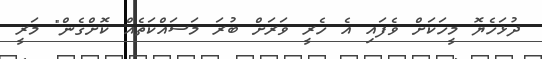
ދުޅަހެޔޮ މީހަކަށް ވެފައި އެ ހެރީ ވަރަށް ބުރަ މަސައްކަތެއް ކޮށްގެން" މަރީ